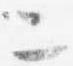
二